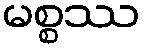
မစ္စဿ